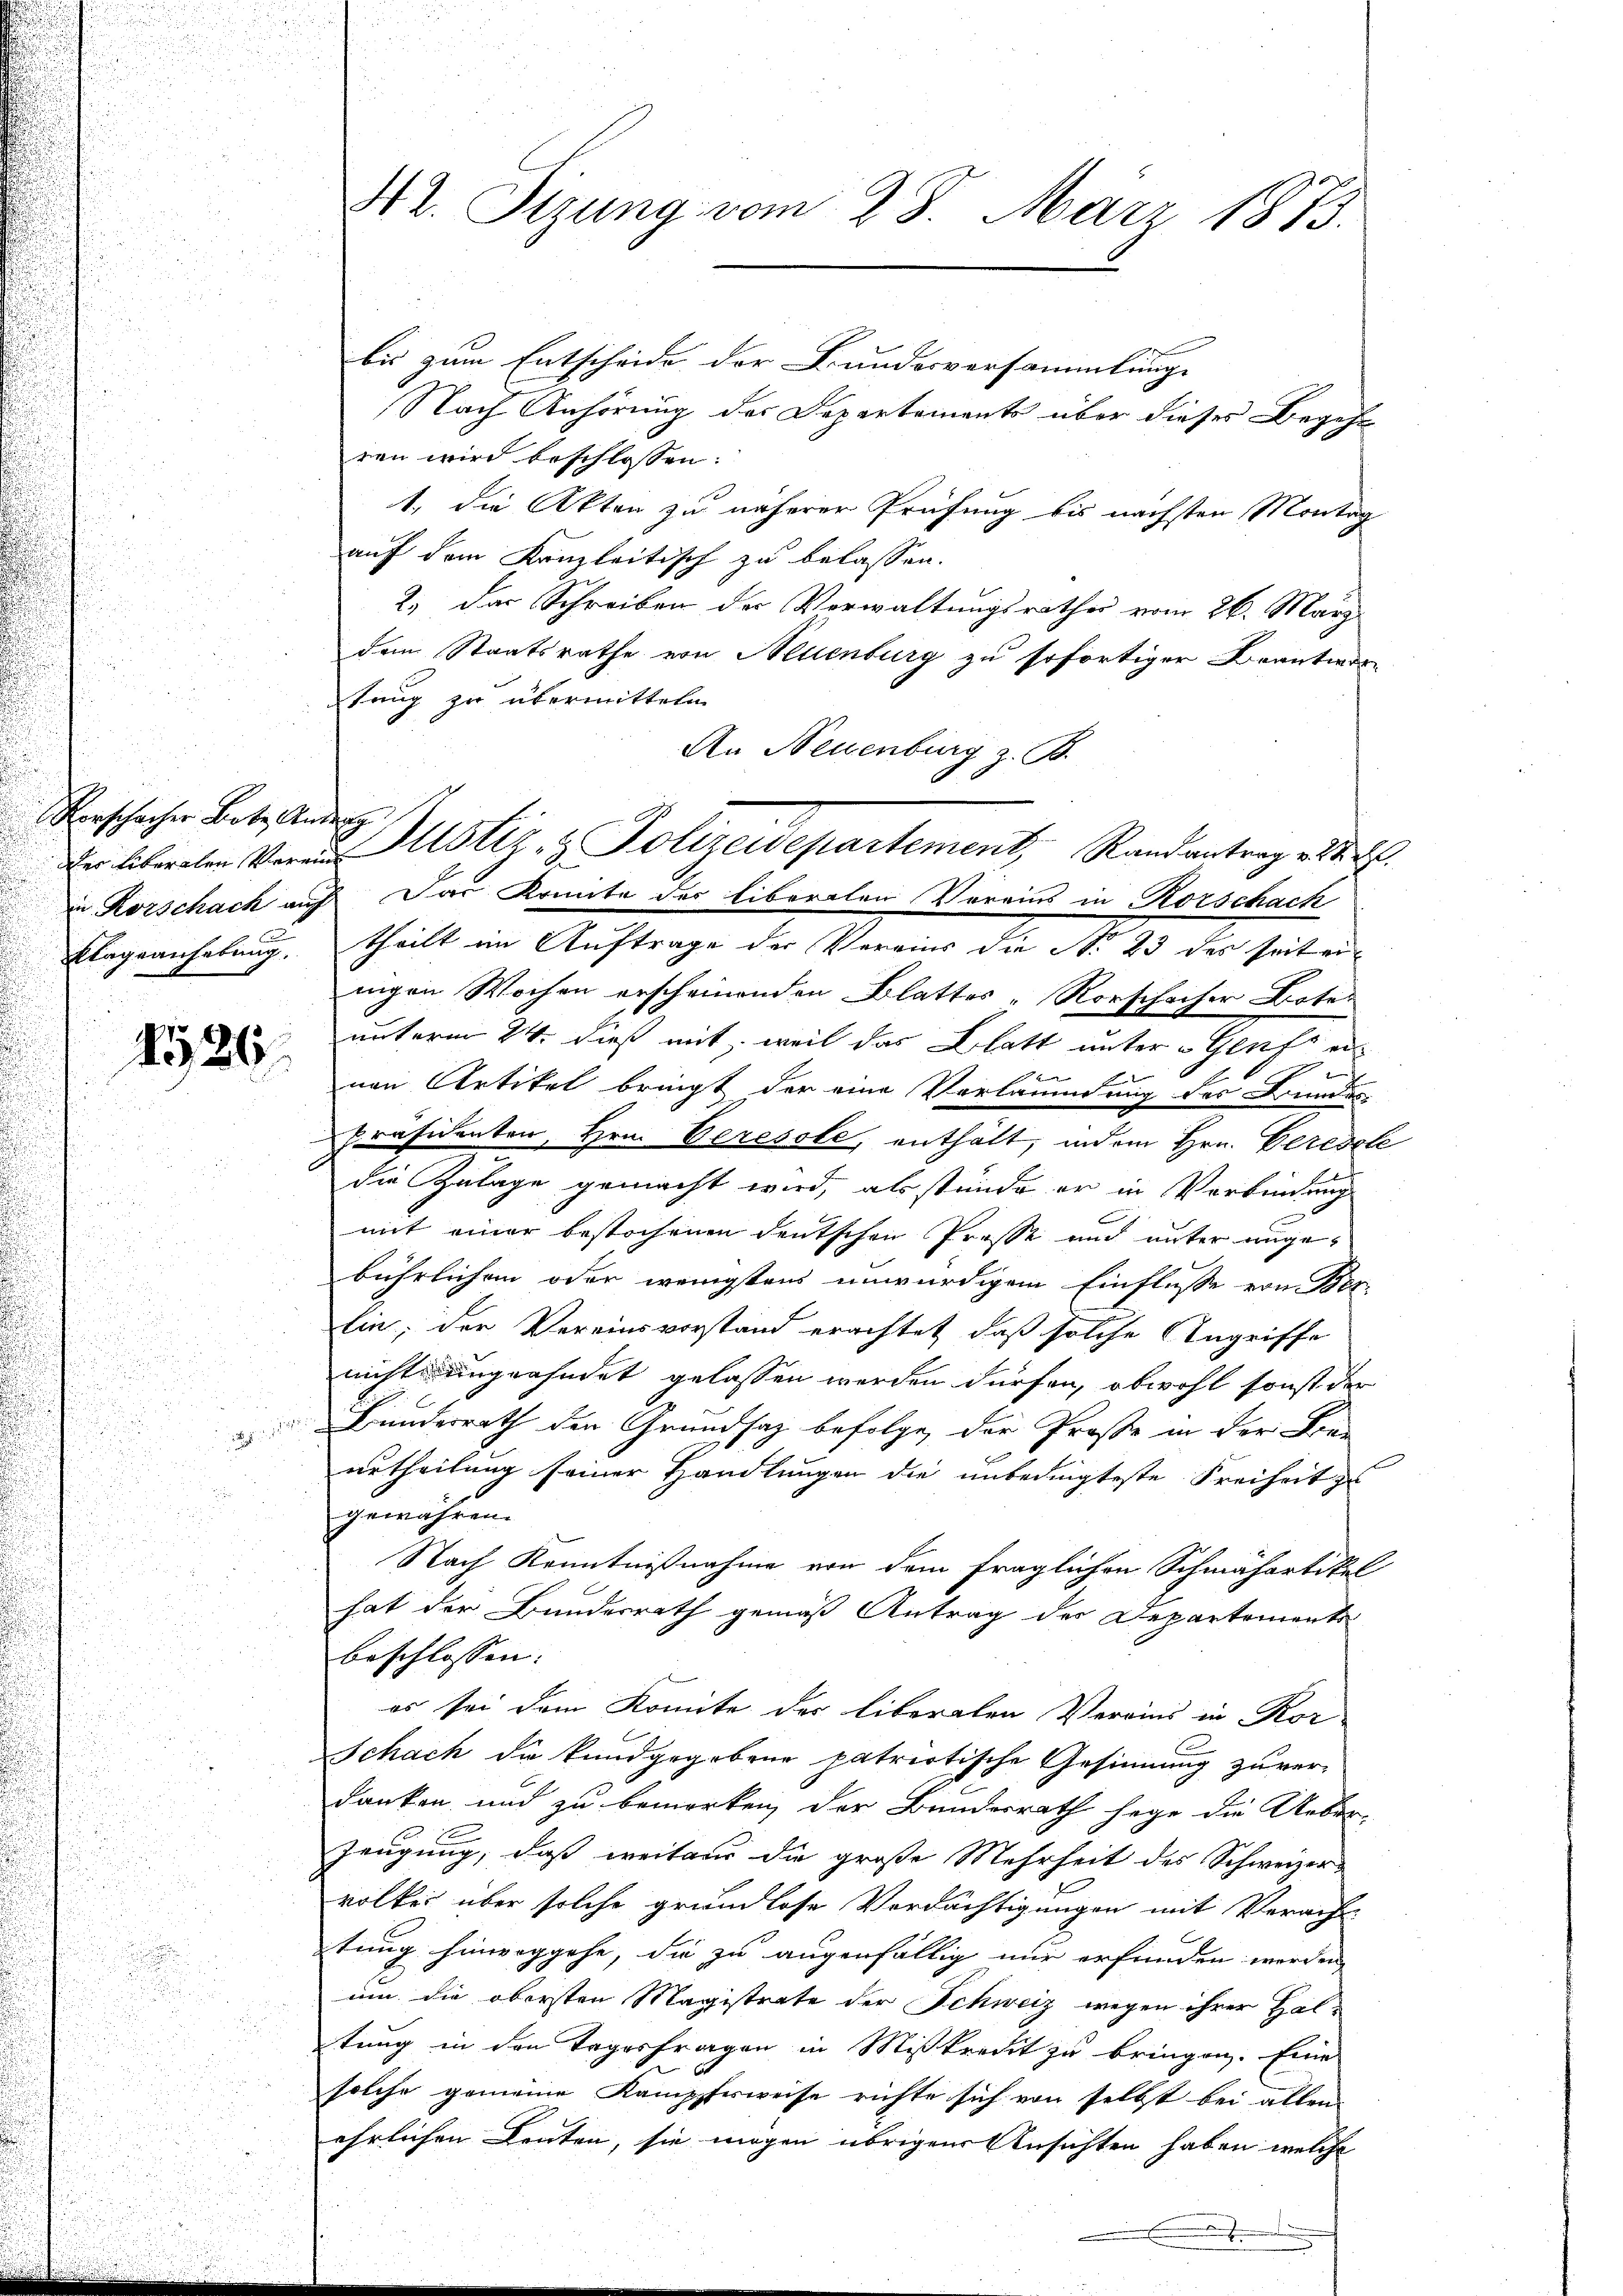
Vorschacher Betr. Andrath
Klageanhebung.

No 26.

bis zum Entscheide der Bundesversammlung |
Nach Anhörung des Departements über dieses Begehr
ren wird beschlossen:
1. die Akten zu näherer Prüfung bis nächsten Montag
auf dem Kanzleitisch zu belassen.
2.) Der Schreiben der Verwaltungsrathes vom 26. März
dem Staatsrathe von Neuenburg zu sofortiger Beantwor
tung zu übermitteln
An Neuenburg z. B.
un Rorschack auf das Konnte des liberaten Vereins in Korschach
theilt im Auftrage der Vereins die N. 23 des seit ei
nigen Wochen erscheinenden Blattes - Rorschacher Bote
unterm 24. dieß mit, weil das Blatt unter Genf erf
nen Artikel bringt der eine Vorläumung des Bundes-
Präsidenten, Hrn. Veresole, enthält, indem Hrn. Geredete
die Zulage gemacht wird, als stünde er in Verbindung
mit einer bestochenen deutschen Presse und unter ungebührlichen oder wenigstens unwürdigem Einfluße von Ber-
lin, der Vereinsvorstand erachtet, daß solche Angriffe
nicht ungeahndet gelassen werden dürfen, obwohl sonst der
Bundesrath den Grundsaz befolge, der Große in der Be-
urtheilung seiner Handlungen die unbedingteste Freiheit zu
gewähren.
Nach Kenntnißnahme von dem fraglichen Schmähartikel
hat der Bundesrath gemäß Antrag des Departements
beschlossen: |
es sei dem Komite der liberalen Vereins in Kor
Schach die kundgegebene patriotische Gesinnung zuverdanken und zu bemerken, der Bundesrath sage die Ueber-
zeugung, daß weiten die große Mehrheit des Schweizervolkes über solche grundlose Verdächtigungen mit Verach
tung hinweggehe, die zu augenfällig mir erfunden werden,
um die obersten Magistrate der Schweiz wegen ihrer Haltung in den Tagesfragen in Misskredit zu bringen. Eine
solche gemeine Kampfferweise richte sich von selbst bei allen
ehrlichen Leuten, sie mögen übrigen Ansichten haben, welche
.

AL. Stzung vom 28. März 1873.

der liberaten Veran Altstiz- & Polizeidepartement, Randantrag v. 28. X.